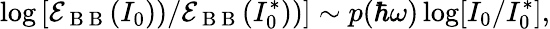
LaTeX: \log\left[\mathcal{E}_{\mathrm{~B~B~}}(I_{0}))/\mathcal{E}_{\mathrm{~B~B~}}(I_{0}^{*}))\right]\sim p(\hbar\omega)\log[I_{0}/I_{0}^{*}],